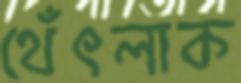
থেঁৎলাক